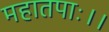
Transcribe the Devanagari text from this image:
महातपाः।।